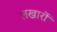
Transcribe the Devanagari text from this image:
लखारों